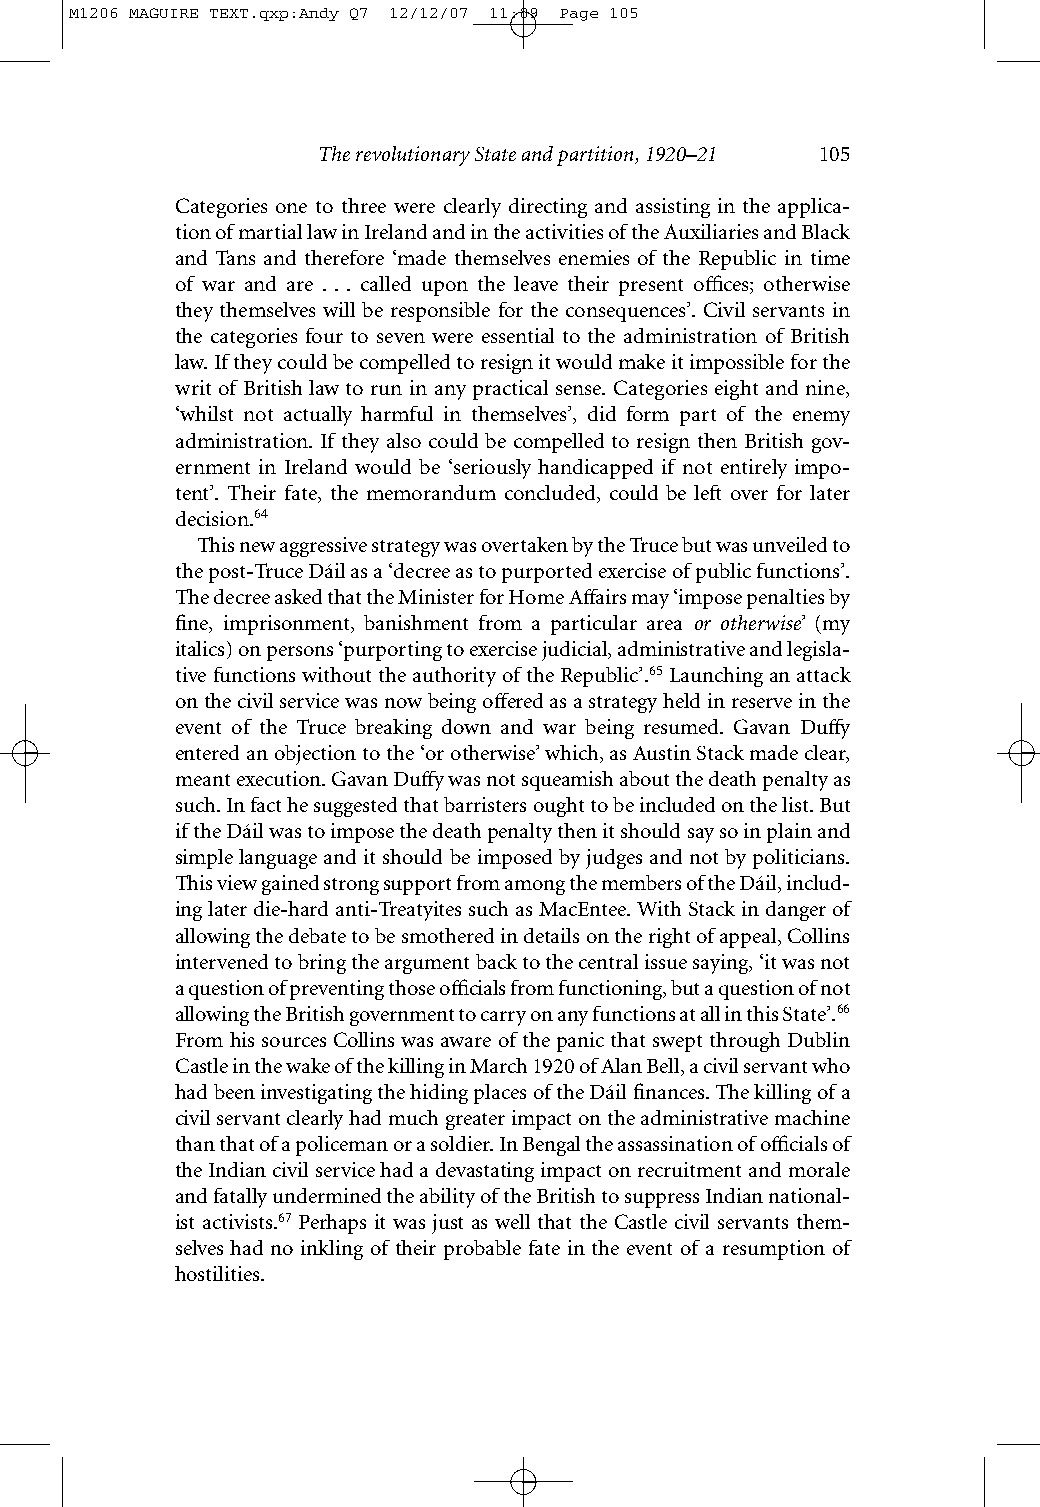
M1206 MAGUIRE TEXT.qxp:Andy Q7 12/12/07 11:09 Page 105
 The revolutionary State and partition, 1920–21 105
 Categories one to three were clearly directing and assisting in the applica-
 tionofmartiallawinIrelandandintheactivitiesoftheAuxiliariesandBlack
 and Tans and therefore ‘made themselves enemies of the Republic in time
 of war and are . . . called upon the leave their present offices; otherwise
 theythemselves will be responsible for the consequences’. Civil servants in
 the categories four to seven were essential to the administration of British
 law.Iftheycouldbecompelledtoresignitwouldmakeitimpossibleforthe
 writ of British law to run in any practical sense. Categories eight and nine,
 ‘whilst not actually harmful in themselves’, did form part of the enemy
 administration. If they also could be compelled to resign then British gov-
 ernment in Ireland would be ‘seriously handicapped if not entirely impo-
 tent’. Their fate, the memorandum concluded, could be left over for later
 decision.64
 This new aggressive strategy was overtaken by the Truce but was unveiled to
 the post-Truce Dáil as a ‘decree as to purported exercise of public functions’.
 The decree asked that the Minister for Home Affairs may ‘impose penalties by
 fine, imprisonment, banishment from a particular area or otherwise’ (my
 italics) on persons ‘purporting to exercise judicial, administrative and legisla-
 tive functions without the authority of the Republic’.65Launching an attack
 on the civil service was now being offered as a strategy held in reserve in the
 event of the Truce breaking down and war being resumed. Gavan Duffy
 entered an objection to the ‘or otherwise’ which, as Austin Stack made clear,
 meant execution. Gavan Duffy was not squeamish about the death penalty as
 such. In fact he suggested that barristers ought to be included on the list. But
 if the Dáil was to impose the death penalty then it should say so in plain and
 simple language and it should be imposed by judges and not by politicians.
 This view gained strong support from among the members of the Dáil, includ-
 ing later die-hard anti-Treatyites such as MacEntee. With Stack in danger of
 allowing the debate to be smothered in details on the right of appeal, Collins
 intervened to bring the argument back to the central issue saying, ‘it was not
 a question of preventing those officials from functioning, but a question of not
 allowing the British government to carry on any functions at all in this State’.66
 From his sources Collins was aware of the panic that swept through Dublin
 Castle in the wake of the killing in March 1920 of Alan Bell, a civil servant who
 had been investigating the hiding places of the Dáil finances. The killing of a
 civil servant clearly had much greater impact on the administrative machine
 than that of a policeman or a soldier. In Bengal the assassination of officials of
 the Indian civil service had a devastating impact on recruitment and morale
 and fatally undermined the ability of the British to suppress Indian national-
 ist activists.67 Perhaps it was just as well that the Castle civil servants them-
 selves had no inkling of their probable fate in the event of a resumption of
 hostilities.